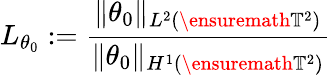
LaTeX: L_{\theta_{0}}:=\frac{\| \theta_{0}\| _{L^{2}(\ensuremath{\mathbb{T}}^{2})}}{\| \theta_{0}\| _{H^{1}(\ensuremath{\mathbb{T}}^{2})}}